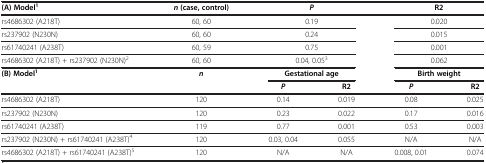
<table><thead><tr><td><b>(A) Model<sup>1</sup></b></td><td><b><i>n</i>(case, control)</b></td><td colspan="2"><b><i>P</i></b></td><td colspan="2"><b>R2</b></td></tr></thead><tbody><tr><td>rs4686302 (A218T)</td><td>60, 60</td><td colspan="2">0.19</td><td colspan="2">0.020</td></tr><tr><td>rs237902 (N230N)</td><td>60, 60</td><td colspan="2">0.24</td><td colspan="2">0.015</td></tr><tr><td>rs61740241 (A238T)</td><td>60, 59</td><td colspan="2">0.75</td><td colspan="2">0.001</td></tr><tr><td>rs4686302 (A218T) + rs237902 (N230N)<sup>2</sup></td><td>60, 60</td><td colspan="2">0.04, 0.05<sup>3</sup></td><td colspan="2">0.062</td></tr><tr><td rowspan="2"><b>(B) Model</b><sup><b>1</b></sup></td><td rowspan="2"><b><i>n</i></b></td><td colspan="2"><b>Gestational age</b></td><td colspan="2"><b>Birth weight</b></td></tr><tr><td><b><i>P</i></b></td><td><b>R2</b></td><td><b><i>P</i></b></td><td><b>R2</b></td></tr><tr><td>rs4686302 (A218T)</td><td>120</td><td>0.14</td><td>0.019</td><td>0.08</td><td>0.025</td></tr><tr><td>rs237902 (N230N)</td><td>120</td><td>0.23</td><td>0.022</td><td>0.17</td><td>0.016</td></tr><tr><td>rs61740241 (A238T)</td><td>119</td><td>0.77</td><td>0.001</td><td>0.53</td><td>0.003</td></tr><tr><td>rs237902 (N230N) + rs61740241 (A238T)<sup>4</sup></td><td>120</td><td>0.03, 0.04</td><td>0.055</td><td>N/A</td><td>N/A</td></tr><tr><td>rs4686302 (A218T) + rs61740241 (A238T)<sup>5</sup></td><td>120</td><td>N/A</td><td>N/A</td><td>0.008, 0.01</td><td>0.074</td></tr></tbody></table>